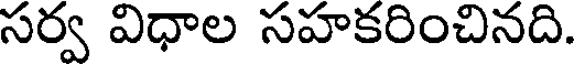
సర్వ విధాల సహకరించినది.